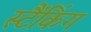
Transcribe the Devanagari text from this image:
स्टैंकिंग